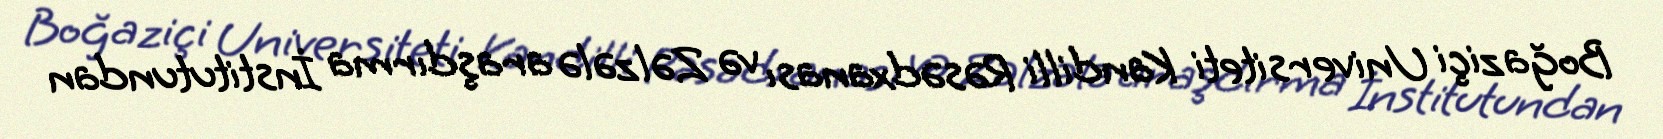
Boğaziçi Universiteti Kandilli Rəsədxanası və Zəlzələ araşdırma İnstitutundan